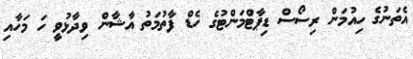
އެތަނުގެ ހިއުމަން ރިސޯސް ޑިޕާޓްމަންޓުގެ ހެޑް ފާތުމަތު އާޝާން ވިދާޅުވީ ހަ މަހާއި